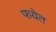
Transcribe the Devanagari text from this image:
फयेत